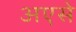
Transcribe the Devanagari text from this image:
अएसे